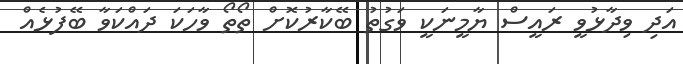
އަދި ވިދާޅުވީ ރައީސް ޔާމީނަކީ ވަގުތު ބޭކާރުކޮށް ތޯތޯ ވާހަކަ ދައްކަވާ ބޭފުޅެއް